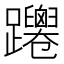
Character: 𨇴